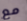
مع